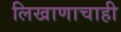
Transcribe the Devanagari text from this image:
लिखाणाचाही